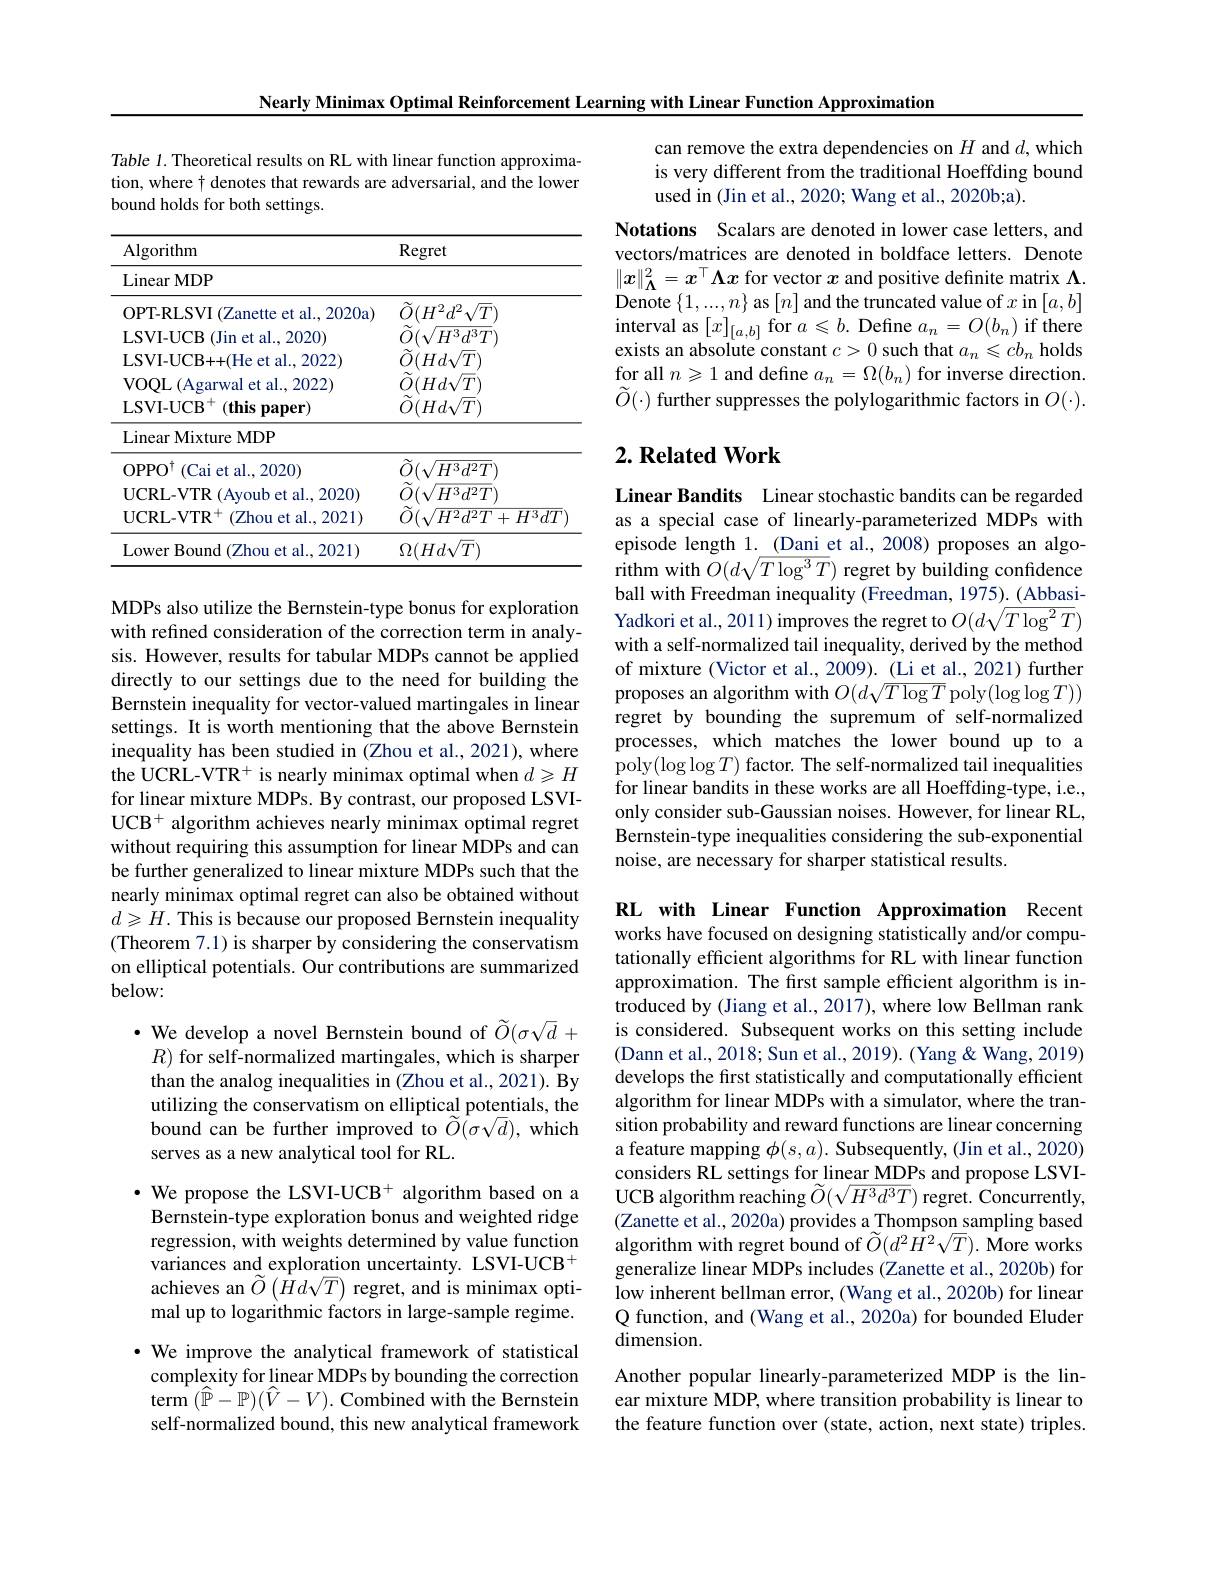
Nearly Minimax Optimal Reinforcement Learning with Linear Function Approximation

Table 1. Theoretical results on RL with linear function approximation, where t denotes that rewards are adversarial, and the lower bound holds for both settings.

<table>
	<tbody>
		<tr>
			<th>Algorithm</th>
			<th>Regret</th>
		</tr>
		<tr>
			<td>LinearMDP</td>
			<td> </td>
		</tr>
		<tr>
			<td>OPT-RLSVI (Zanette et al., 2020a)</td>
			<td>$\tilde{O}(H^{2}d^{2}\sqrt{T})$</td>
		</tr>
		<tr>
			<td>LSVI- UCB ( Jin et al. , 2020) </td>
			<td>7 $\sqrt{H^{3}d^{3}T}$</td>
		</tr>
		<tr>
			<td>LSVI- UCB+ + ( He et al. , 2022) </td>
			<td>$\tilde{O}(Hd\sqrt{T})$</td>
		</tr>
		<tr>
			<td>VOQL(Agarwal et al., 2022)</td>
			<td>7 $Hd\sqrt{}$ ${\sqrt{T}}$</td>
		</tr>
		<tr>
			<td>Linear Mixture MDP</td>
			<td> </td>
		</tr>
		<tr>
			<td>$\mathrm{OPPO}^{\dagger }$ (Cai et al.,2020)</td>
			<td>$\tilde{O}(\sqrt{H^{3}d^{2}T})$</td>
		</tr>
		<tr>
			<td>UCRL-VTR (Ayoub et al., 2020)</td>
			<td>$H^{3}d^{2}T$</td>
		</tr>
		<tr>
			<td>UCRL- VT$R^{+ }$ ( Zhou et al. , 2021) </td>
			<td>${\check{O}}(\sqrt{H^{2}d^{2}T+H^{3}dT}$</td>
		</tr>
		<tr>
			<td>Lower Bound (Zhou et al., 2021)</td>
			<td>$\Omega(Hd\sqrt{T})$</td>
		</tr>
	</tbody>
</table>

MDPs also utilize the Bernstein-type bonus for exploration with refined consideration of the correction term in analysis. However, results for tabular MDPs cannot be applied directly to our settings due to the need for building the Bernstein inequality for vector-valued martingales in linear settings. It is worth mentioning that the above Bernstein inequality has been studied in (Zhou et al., 2021), where the UCRL-VTR$^+$ is nearly minimax optimal when $d\geqslant H$ for linear mixture MDPs. By contrast, our proposed LSVI- $UCB^+ algorithm achieves nearly minimax optimal regret$ without requiring this assumption for linear MDPs and can be further generalized to linear mixture MDPs such that the nearly minimax optimal regret can also be obtained without $d\geqslant\dot{H}.$ This is because our proposed Bernstein inequality (Theorem 7.1) is sharper by considering the conservatism on elliptical potentials. Our contributions are summarized below:

$\bullet$ We develop a novel Bernstein bound of $\widetilde O(\sigma\sqrt{d}+$
$R)$ for self-normalized martingales, which is sharper than the analog inequalities in (Zhou et al., 2021). By utilizing the conservatism on elliptical potentials, the bound can be further improved to $\tilde{O}(\sigma\sqrt d)$, which serves as a new analytical tool for RL.

$\cdot$ We propose the LSVI-UCB+ algorithm based on a Bernstein-type exploration bonus and weighted ridge regression, with weights determined by value function variances and exploration uncertainty. LSVI-UCB$^+$ achieves an $\widetilde{O}\left(\dot{H}d\sqrt{T}\right)$ regret, and is minimax optimal up to logarithmic factors in large-sample regime. $\cdot$ We improve the analytical framework of statistical complexity for linear MDPs by bounding the correction $\operatorname{term}(\hat{\mathbb{P}}-\mathbb{P})(\hat{V}-V).$Combined with the Bernstein self-normalized bound, this new analytical framework

can remove the extra dependencies on $H$ and $d$,which is very different from the traditional Hoeffding bound used in (Jin et al., 2020; Wang et al., 2020b;a).

Notations Scalars are denoted in lower case letters, and vectors/matrices are denoted in boldface letters. Denote $\|x\|_{\Lambda}^2=x^\top\boldsymbol{\Lambda}x$ for vector $x$ and positive definite matrix $\Lambda.$ Denote $\{1,...,n\}$ as $[n]$ and the truncated value of $x$ in$[a,b]$ $\operatorname*{interval}$ as$\left[x\right]_{[a,b]}$for$a\leqslant b.$Define$a_n=O(b_n)$if there exists an absolute constant $c>0$ such that $a_n\leqslant cb_n$ holds for all $n\geqslant1$ and define $a_n=\Omega(b_n)$ for inverse direction. $\tilde{O}(\cdot)$ further suppresses the polylogarithmic factors in $O(\cdot).$

# 2. Related Work

Linear Bandits Linear stochastic bandits can be regarded as a special case of linearly-parameterized MDPs with episode length 1.\_(Dani et al., 2008) proposes an algo- $\hat{\text{rithm with }O}(d\sqrt{T\log^{3}T})$ regret by building confidence ball with Freedman inequality (Freedman, 1975). (AbbasiYadkori et al., 2011) improves the regret to $O(d\sqrt{T\log^2T})$ with a self-normalized tail inequality, derived by the method of mixture (Victor et al., 2009). (Li et al., 2021) further proposes an algorithm with $O(d\sqrt T\log T$ poly$(\log\log T))$ regret by bounding the supremum of self-normalized processes, which matches the lower bound up to a $\mathop{\mathrm{poly}}(\log\log T)\mathop{\mathrm{factor.~The~self-normalized~tail~inequalities}}$ for linear bandits in these works are all Hoeffding-type, i.e., only consider sub-Gaussian noises. However, for linear RL, Bernstein-type inequalities considering the sub-exponential noise, are necessary for sharper statistical results.

RL with Linear Function Approximation Recent works have focused on designing statistically and/or computationally efficient algorithms for RL with linear function approximation. The first sample efficient algorithm is introduced by (Jiang et al., 2017), where low Bellman rank is considered. Subsequent works on this setting include (Dann et al., 2018; Sun et al., 2019). (Yang & Wang, 2019) develops the first statistically and computationally efficient algorithm for linear MDPs with a simulator, where the transition probability and reward functions are linear concerning a feature mapping $\phi(s,a).$ Subsequently, (Jin et al., 2020) considers RL settings for linear MDPs and propose LSVIUCB algorithm reaching $\widetilde{O}(\sqrt{H^3d^3T})$ regret. Concurrently, (Zanette et al., 2020a) provides a Thompson sampling based algorithm with regret bound of $\tilde{O}(d^{2}\dot{H}^{2}\sqrt{T}).$ More works generalize linear MDPs includes (Zanette et al., 2020b) for low inherent bellman error, (Wang et al., 2020b) for linear Q function, and (Wang et al., 2020a) for bounded Eluder dimension.
Another popular linearly-parameterized MDP is the linear mixture MDP, where transition probability is linear to the feature function over (state, action, next state) triples.